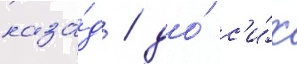
наза́д / до́ с'и́х